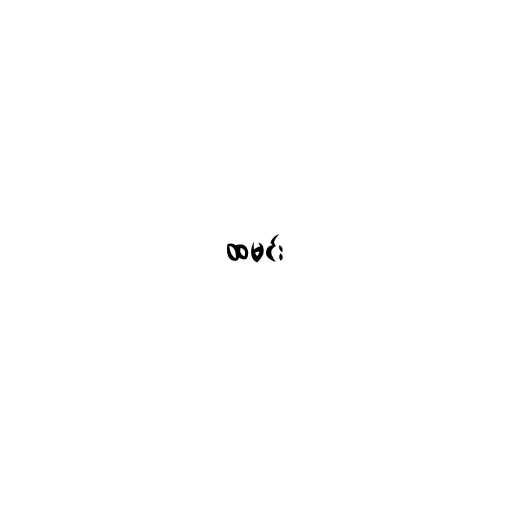
ထမင်း